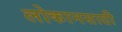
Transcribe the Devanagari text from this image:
लोकानसाठी